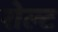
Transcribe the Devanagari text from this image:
रोल्ट